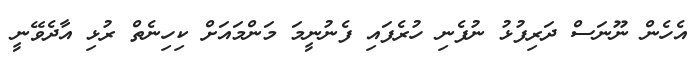
އެހެން ނޫނަސް ދަރިފުޅު ނުފެނި ހުރެފައި ފެނުނީމަ މަންމައަށް ކިހިނެތް ރުޅި އާދެވޭނީ